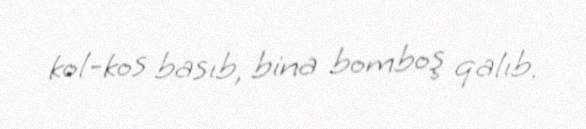
kol-kos basıb, bina bomboş qalıb.